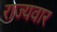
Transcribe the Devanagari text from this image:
राज्‍यवार